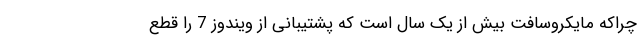
چراکه مایکروسافت بیش از یک سال است که پشتیبانی از ویندوز 7 را قطع